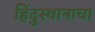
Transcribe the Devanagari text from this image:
हिंदुस्थानाचा